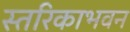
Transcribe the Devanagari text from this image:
स्तरिकाभवन